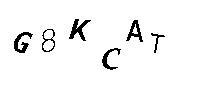
G8KCAT